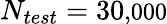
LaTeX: N_{test}=30\small{,}000